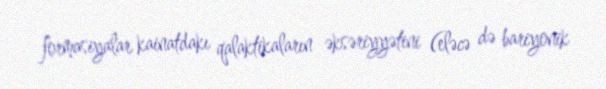
formasiyalar kainatdakı qalaktikaların əksəriyyətini (eləcə də bariyonik